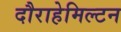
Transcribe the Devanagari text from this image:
दौराहेमिल्टन